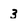
Character: 3